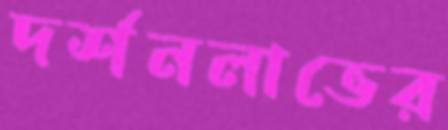
দর্শনলাভের